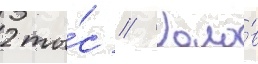
2 ты́с // Голо́в